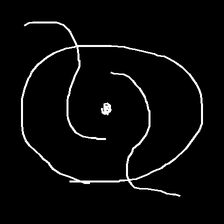
Glyph: repetition